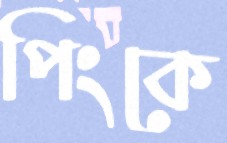
পিংকে